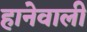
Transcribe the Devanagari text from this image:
हानेवाली